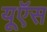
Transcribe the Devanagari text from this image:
यूऍस